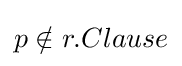
p\notin r.Clause